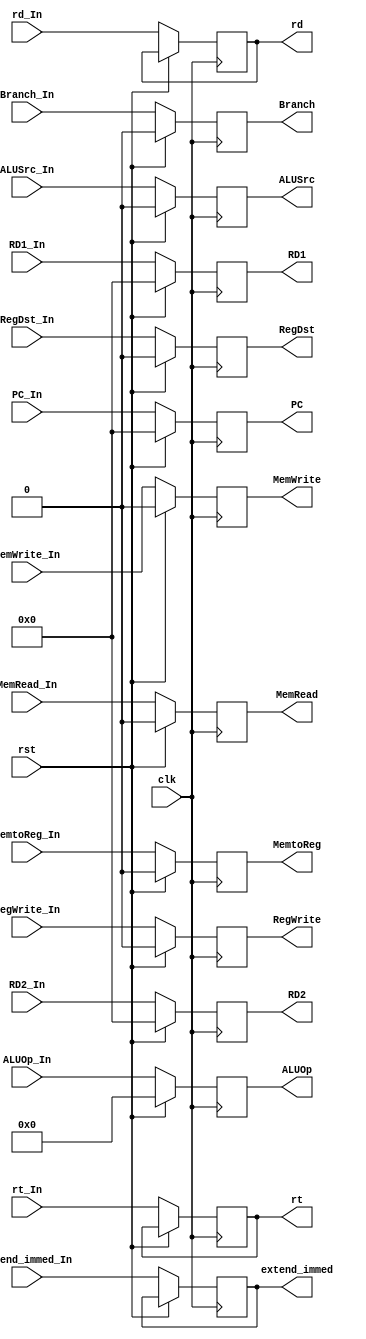
`timescale 1ns/1ns
module ID_EX (clk, rst, RegWrite_In, RegWrite, MemtoReg_In, MemtoReg, MemRead_In, MemRead, MemWrite_In, MemWrite,
              Branch_In, Branch, ALUOp_In, ALUOp, RegDst_In, RegDst, ALUSrc_In, ALUSrc, PC_In, PC, RD1_In, RD1, RD2_In, RD2,
			  extend_immed_In, extend_immed, rt_In, rt, rd_In, rd);
  input clk, rst;

  input RegWrite_In, MemtoReg_In, MemRead_In, MemWrite_In, Branch_In, RegDst_In, ALUSrc_In;
  input [5:0] ALUOp_In;
  input [31:0] PC_In, RD1_In, RD2_In, extend_immed_In;
  input [4:0] rt_In, rd_In;
  output reg RegWrite, MemtoReg, MemRead, MemWrite, Branch, RegDst, ALUSrc;
  output reg [5:0] ALUOp;
  output reg [4:0] rt, rd;
  output reg [31:0] PC, RD1, RD2, extend_immed;
  


  always @ (posedge clk) begin
    if (rst) begin
      {RegWrite, MemtoReg, MemRead, MemWrite, Branch, RegDst, ALUSrc, ALUOp, PC, RD1, RD2} <= 0;
    end
    else begin
      RegWrite <= RegWrite_In;
      MemtoReg <= MemtoReg_In;
      MemRead <= MemRead_In;
      MemWrite <= MemWrite_In;
      Branch <= Branch_In;
      RegDst <= RegDst_In;
      ALUSrc <= ALUSrc_In;
      ALUOp <= ALUOp_In;
      PC <= PC_In;
      RD1 <= RD1_In;
      RD2 <= RD2_In;
	  extend_immed <= extend_immed_In;
	  rt <= rt_In;
	  rd <= rd_In;
    end
  end
endmodule // ID_EX